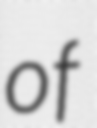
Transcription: of